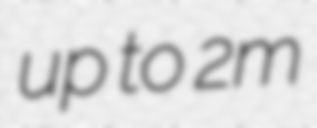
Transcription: up to 2m